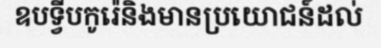
ឧបទ្វីបកូរ៉េនិងមានប្រយោជន៍ដល់